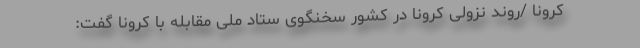
کرونا /روند نزولی کرونا در کشور سخنگوی ستاد ملی مقابله با کرونا گفت: